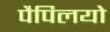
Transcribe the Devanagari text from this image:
पैपिलयो